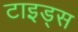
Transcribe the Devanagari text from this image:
टाइड्स